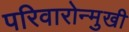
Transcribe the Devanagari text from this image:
परिवारोन्मुखी